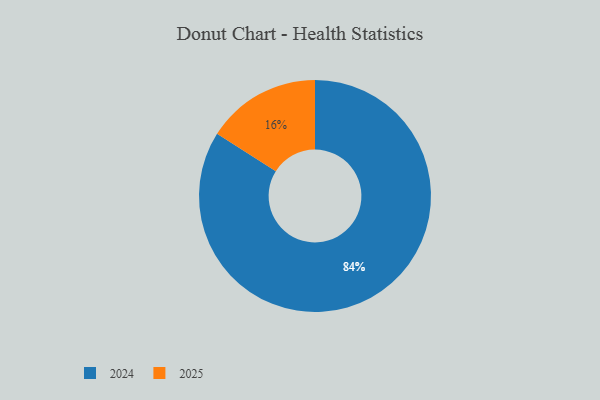
{"axis": {"x": "Category", "y": "Percentage"}, "legend": ["2024", "2025"], "data": [{"x": "2025", "y": 16, "type": "2025"}, {"x": "2024", "y": 84, "type": "2024"}]}